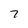
Character: 7